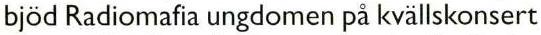
bjöd Radiomafia ungdomen på kvällskonsert